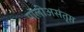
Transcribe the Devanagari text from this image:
पॉलीअसंतृप्त